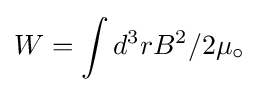
W=\int d^{3}rB^{2}/2\mu _{\circ }